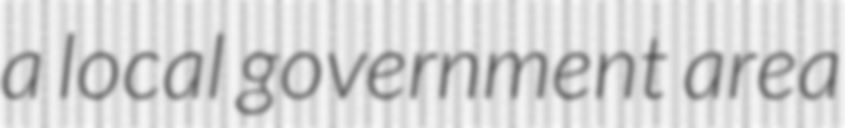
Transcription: a local government area